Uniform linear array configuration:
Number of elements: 24
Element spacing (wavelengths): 1
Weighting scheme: binomial
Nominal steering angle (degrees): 30
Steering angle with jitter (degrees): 30.714
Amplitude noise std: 0.05
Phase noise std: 0.05

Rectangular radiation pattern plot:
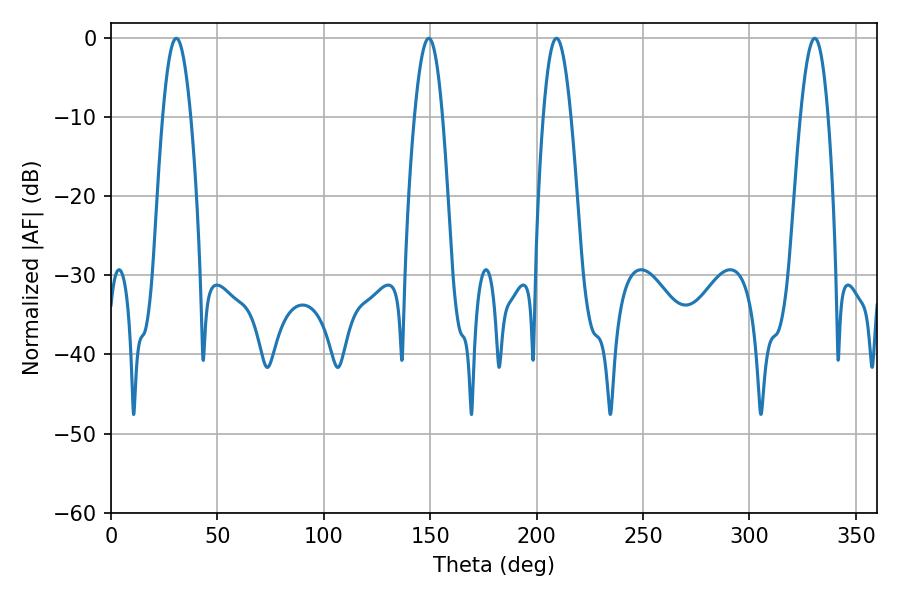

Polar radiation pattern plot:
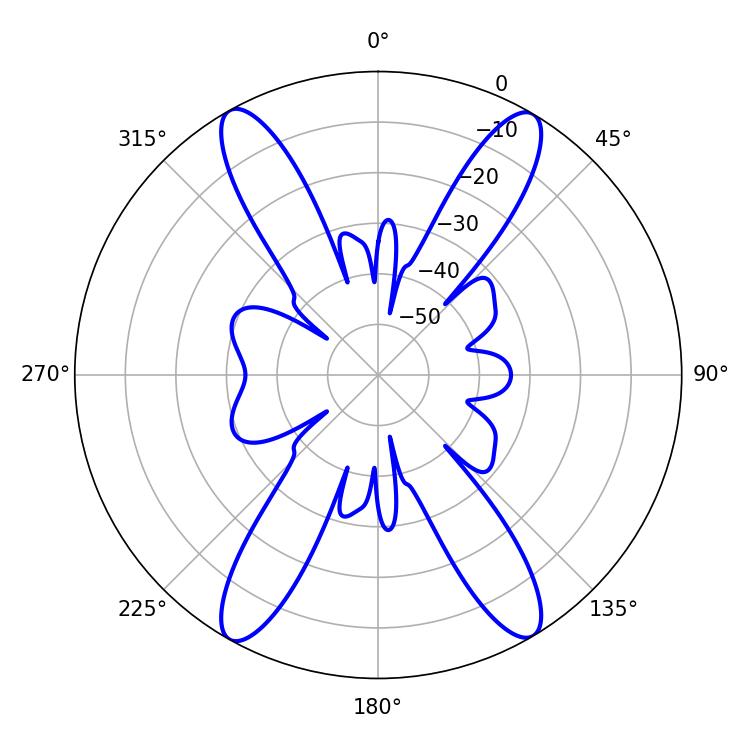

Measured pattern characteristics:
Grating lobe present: TRUE
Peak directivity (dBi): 24.821
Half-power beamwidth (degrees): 7.02
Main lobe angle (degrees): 209.34